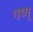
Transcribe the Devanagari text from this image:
गण्